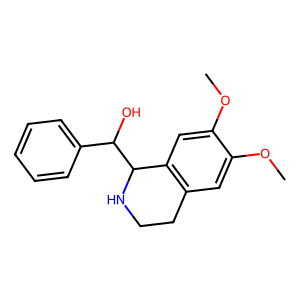
SMILES: COc1cc2c(cc1OC)C(C(O)c1ccccc1)NCC2
Inhibits HIV replication: No